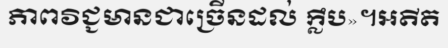
ភាពវិជ្ជមានជាច្រើនដល់ ក្លឹប»។អតីត